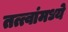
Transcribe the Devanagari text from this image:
तत्त्वांमध्ये